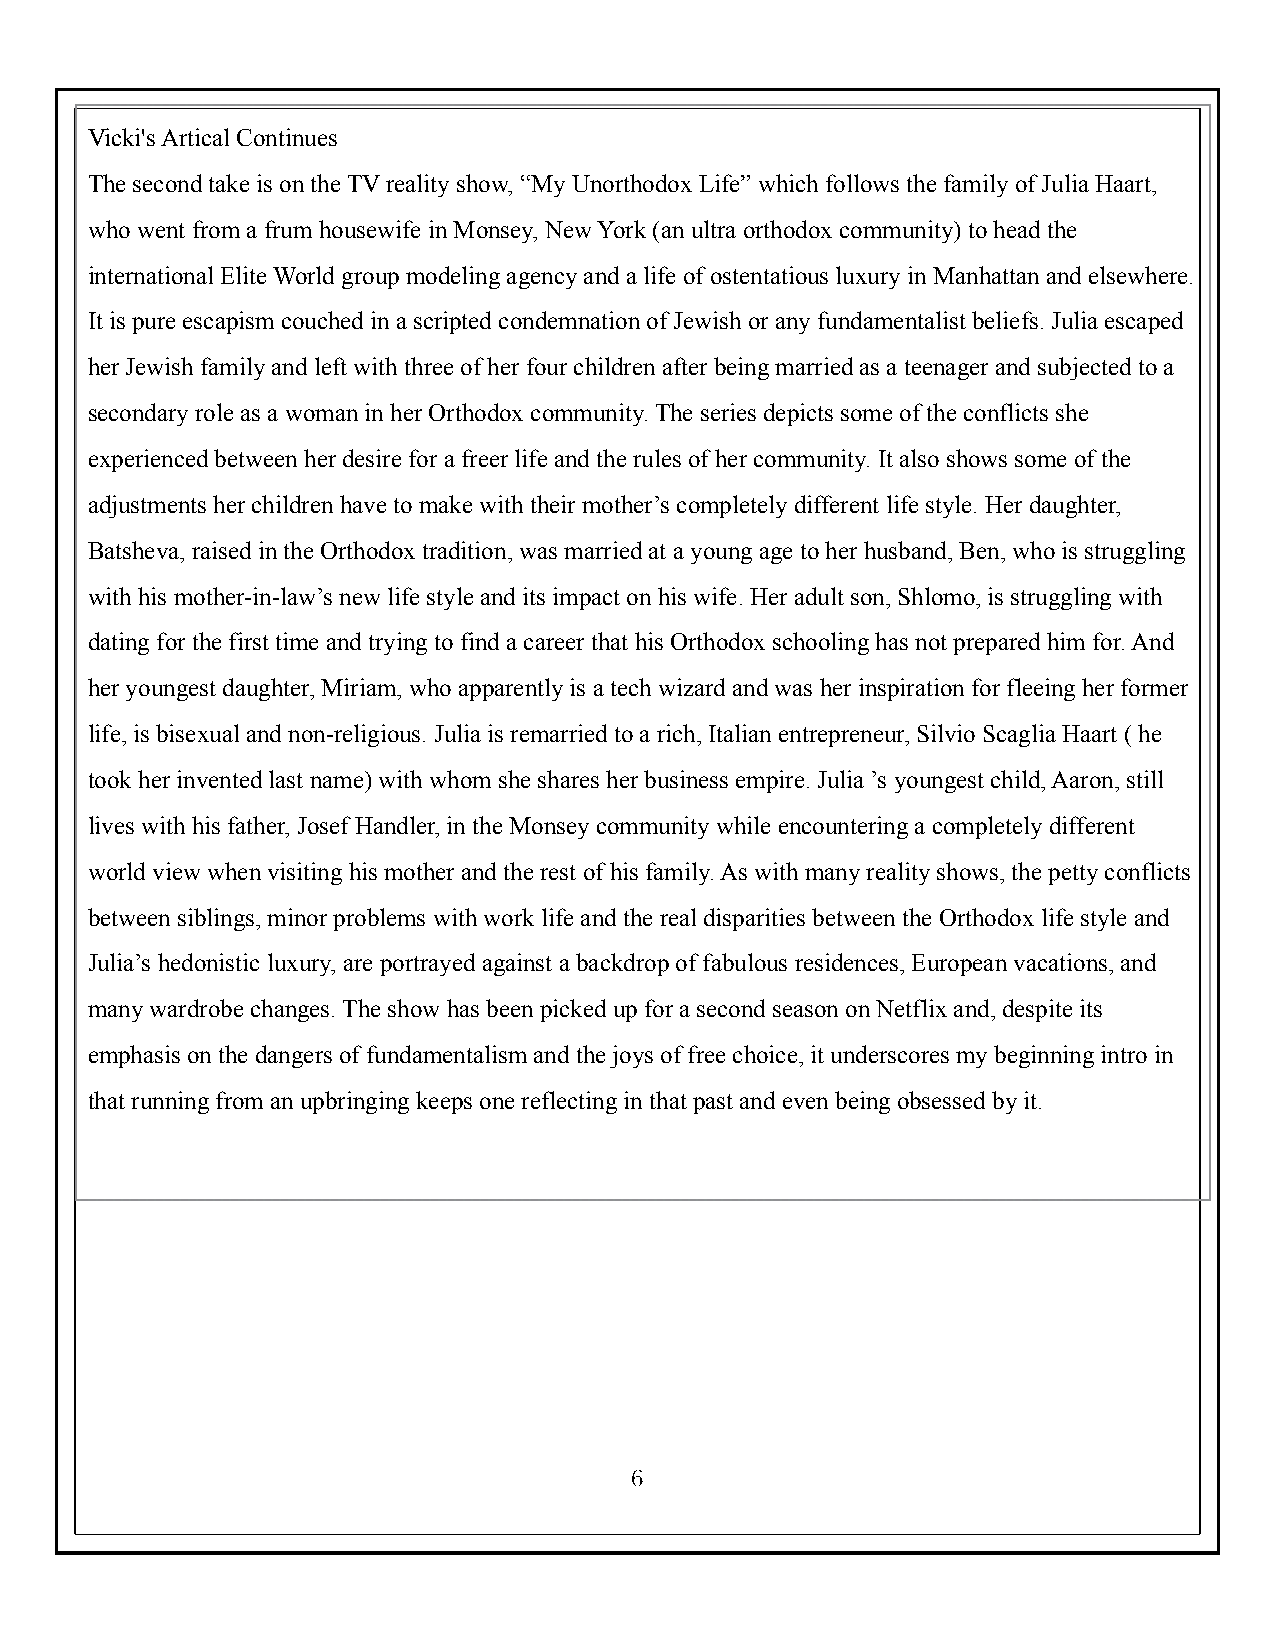
Vicki's Artical Continues
 The second take is on the TV reality show, “My Unorthodox Life” which follows the family of Julia Haart,
 who went from a frum housewife in Monsey, New York (an ultra orthodox community) to head the
 international Elite World group modeling agency and a life of ostentatious luxury in Manhattan and elsewhere.
 It is pure escapism couched in a scripted condemnation of Jewish or any fundamentalist beliefs. Julia escaped
 her Jewish family and left with three of her four children after being married as a teenager and subjected to a
 secondary role as a woman in her Orthodox community. The series depicts some of the conflicts she
 experienced between her desire for a freer life and the rules of her community. It also shows some of the
 adjustments her children have to make with their mother’s completely different life style. Her daughter,
 Batsheva, raised in the Orthodox tradition, was married at a young age to her husband, Ben, who is struggling
 with his mother-in-law’s new life style and its impact on his wife. Her adult son, Shlomo, is struggling with
 dating for the first time and trying to find a career that his Orthodox schooling has not prepared him for. And
 her youngest daughter, Miriam, who apparently is a tech wizard and was her inspiration for fleeing her former
 life, is bisexual and non-religious. Julia is remarried to a rich, Italian entrepreneur, Silvio Scaglia Haart ( he
 took her invented last name) with whom she shares her business empire. Julia ’s youngest child, Aaron, still
 lives with his father, Josef Handler, in the Monsey community while encountering a completely different
 world view when visiting his mother and the rest of his family. As with many reality shows, the petty conflicts
 between siblings, minor problems with work life and the real disparities between the Orthodox life style and
 Julia’s hedonistic luxury, are portrayed against a backdrop of fabulous residences, European vacations, and
 many wardrobe changes. The show has been picked up for a second season on Netflix and, despite its
 emphasis on the dangers of fundamentalism and the joys of free choice, it underscores my beginning intro in
 that running from an upbringing keeps one reflecting in that past and even being obsessed by it.
 6